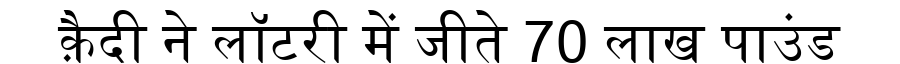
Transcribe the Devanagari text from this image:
क़ैदी ने लॉटरी में जीते 70 लाख पाउंड